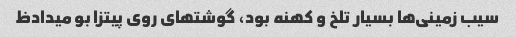
سیب زمینی‌ها بسیار تلخ و کهنه بود، گوشتهای روی پیتزا بو میدادظ